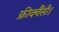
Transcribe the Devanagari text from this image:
फ्रीक्वैंसी।